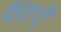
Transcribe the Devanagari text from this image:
क्षाएँ